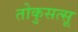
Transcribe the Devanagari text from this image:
तोकुसत्सू